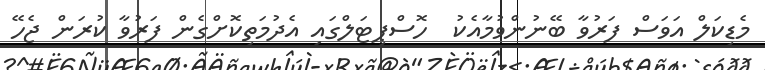
މެޑިކަލް އަވަސް ފަރުވާ ބޭނުންވުމާއެކު  ހޮސްޕިޓަލްގައި އެދުމަތިކޮށްގެން ފަރުވާ ކުރަން ޖެހޭ